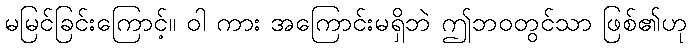
မမြင်ခြင်းကြောင့်။ ဝါ ကား အကြောင်းမရှိဘဲ ဤဘဝတွင်သာ ဖြစ်၏ဟု